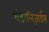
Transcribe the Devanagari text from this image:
थंडरलिज़ार्डस